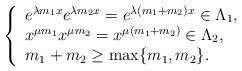
LaTeX: \begin{align*} \left\{ \begin{array}{l} e^{\lambda m_1x}e^{\lambda m_2x}=e^{\lambda (m_1+m_2)x}\in \Lambda_1,\\ x^{\mu m_1}x^{\mu m_2}=x^{\mu (m_1+m_2)}\in \Lambda_2,\\ m_1+m_2\geq\max\{m_1,m_2\}. \end{array} \right. \end{align*}